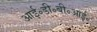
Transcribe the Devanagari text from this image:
आई॰डी॰बी॰आई॰